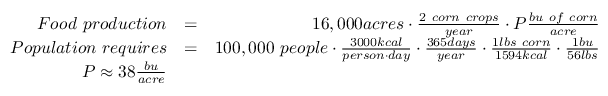
\begin{array} { r l r } { F o o d ~ p r o d u c t i o n } & { = } & { 1 6 , 0 0 0 a c r e s \cdot \frac { 2 ~ c o r n ~ c r o p s } { y e a r } \cdot P \frac { b u ~ o f ~ c o r n } { a c r e } } \\ { P o p u l a t i o n ~ r e q u i r e s } & { = } & { 1 0 0 , 0 0 0 ~ p e o p l e \cdot \frac { 3 0 0 0 k c a l } { p e r s o n \cdot d a y } \cdot \frac { 3 6 5 d a y s } { y e a r } \cdot \frac { 1 l b s ~ c o r n } { 1 5 9 4 k c a l } \cdot \frac { 1 b u } { 5 6 l b s } } \\ { P \approx 3 8 \frac { b u } { a c r e } } & { } & \end{array}